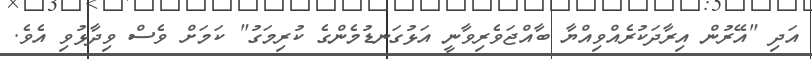
އަދި "އޭރުން އިރާދަކުރެއްވިއްޔާ ބާއްޖަވެރިވާނީ އަޅުގަނޑުމެންގެ ކުރިމަގު" ކަމަށް ވެސް ވިދާޅުވި އެވެ.